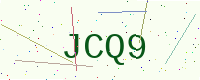
Text: JCQ9